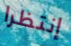
إنتظرا